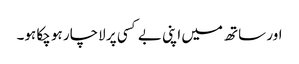
اور ساتھ میں اپنی بے کسی پر لاچار ہو چکا ہو۔